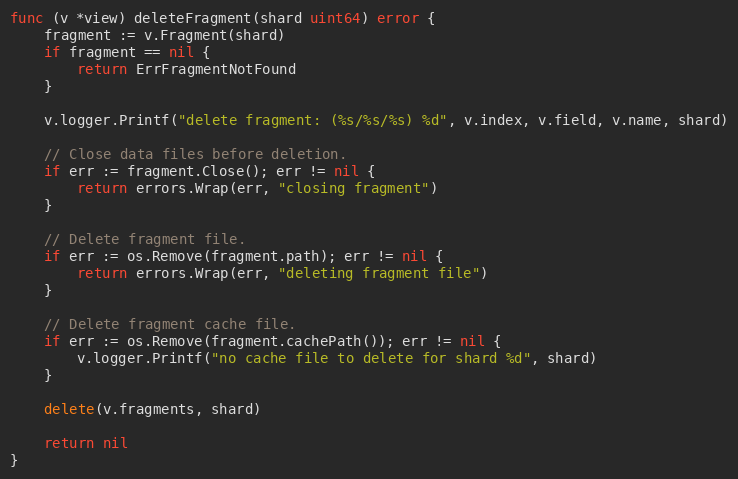
Language: Go
func (v *view) deleteFragment(shard uint64) error {
	fragment := v.Fragment(shard)
	if fragment == nil {
		return ErrFragmentNotFound
	}

	v.logger.Printf("delete fragment: (%s/%s/%s) %d", v.index, v.field, v.name, shard)

	// Close data files before deletion.
	if err := fragment.Close(); err != nil {
		return errors.Wrap(err, "closing fragment")
	}

	// Delete fragment file.
	if err := os.Remove(fragment.path); err != nil {
		return errors.Wrap(err, "deleting fragment file")
	}

	// Delete fragment cache file.
	if err := os.Remove(fragment.cachePath()); err != nil {
		v.logger.Printf("no cache file to delete for shard %d", shard)
	}

	delete(v.fragments, shard)

	return nil
}